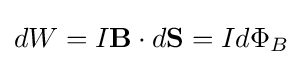
dW=I\mathbf {B} \cdot d\mathbf {S} =Id\Phi _{B}